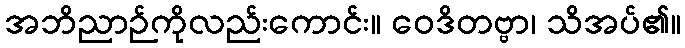
အဘိညာဉ်ကိုလည်းကောင်း။ ဝေဒိတဗ္ဗာ၊ သိအပ်၏။